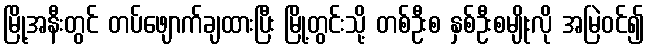
မြို့အနီးတွင် တပ်ဖျောက်ချထားပြီး မြို့တွင်းသို့ တစ်ဦးစ နှစ်ဦးစမျိုးလို အမြဲဝင်၍